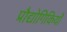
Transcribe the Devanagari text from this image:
प्रौद्योगिकियोँ